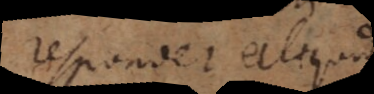
respondet aliquid